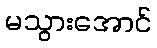
မသွားအောင်